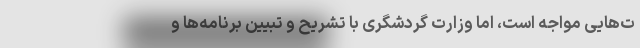
ت‌هایی مواجه است، اما وزارت گردشگری با تشریح و تبیین برنامه‌ها و